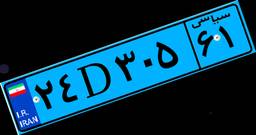
۹۴D۵۰۵۰۴